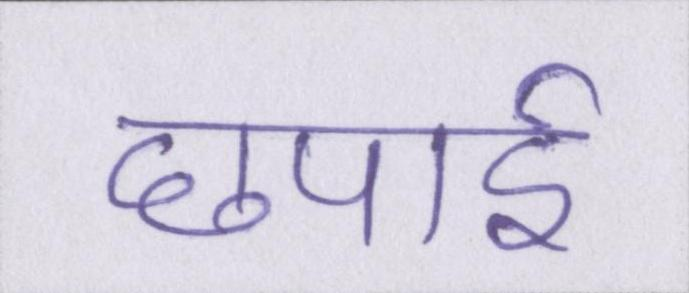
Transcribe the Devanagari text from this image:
छपाई